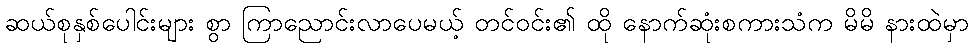
ဆယ်စုနှစ်ပေါင်းများ စွာ ကြာညောင်းလာပေမယ့် တင်ဝင်း၏ ထို နောက်ဆုံးစကားသံက မိမိ နားထဲမှာ